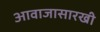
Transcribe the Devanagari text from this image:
आवाजासारखी